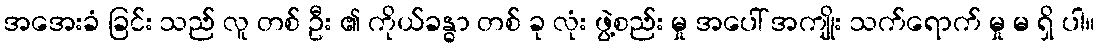
အအေးခံ ခြင်း သည် လူ တစ် ဦး ၏ ကိုယ်ခန္ဓာ တစ် ခု လုံး ဖွဲ့စည်း မှု အပေါ် အကျိုး သက်ရောက် မှု မ ရှိ ပါ။